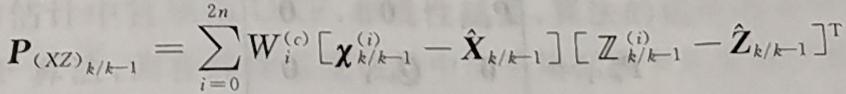
$\boldsymbol{P}_{(XZ)_{k / k-1}}=\sum_{i=0}^{2 n} W_{i}^{(c)}\left[\boldsymbol{\chi}_{k / k-1}^{(i)}-\hat{\boldsymbol{X}}_{k / k-1}\right]\left[\mathbb{Z}_{k / k-1}^{(i)}-\hat{\boldsymbol{Z}}_{k / k-1}\right]^{\mathrm{T}}$